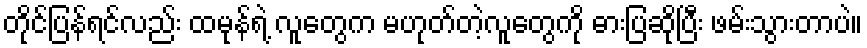
တိုင်ပြန်ရင်လည်း ထမုန်ရဲ့ လူတွေက မဟုတ်တဲ့လူတွေကို ဓားပြဆိုပြီး ဖမ်းသွားတာပဲ။